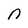
Character: n